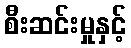
စီးဆင်းမှုနှင့်